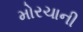
મોરચાની